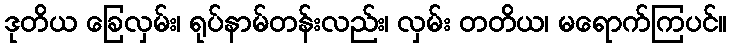
ဒုတိယ ခြေလှမ်း၊ ရုပ်နာမ်တန်းလည်း၊ လှမ်း တတိယ၊ မရောက်ကြပင်။